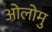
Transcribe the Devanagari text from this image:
ओलोमु